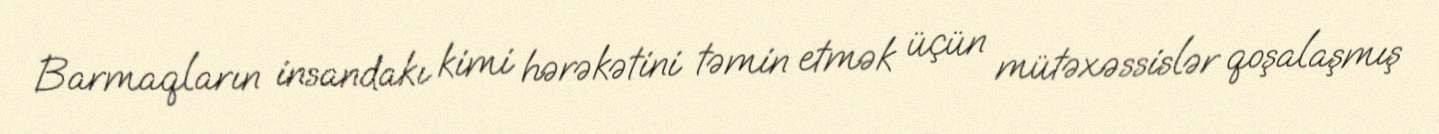
Barmaqların insandakı kimi hərəkətini təmin etmək üçün mütəxəssislər qoşalaşmış